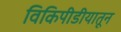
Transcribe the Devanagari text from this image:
विकिपीडीयातून